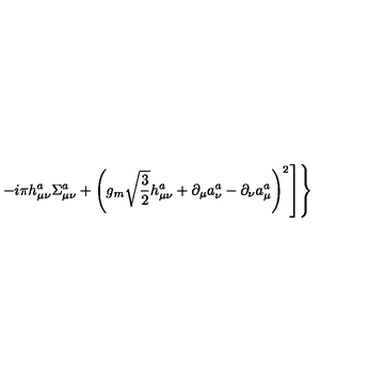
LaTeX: \left. \left. - i \pi h _ { \mu \nu } ^ { a } \Sigma _ { \mu \nu } ^ { a } + \left( g _ { m } \sqrt { \frac 3 2 } h _ { \mu \nu } ^ { a } + \partial _ { \mu } a _ { \nu } ^ { a } - \partial _ { \nu } a _ { \mu } ^ { a } \right) ^ { 2 } \right] \right\}